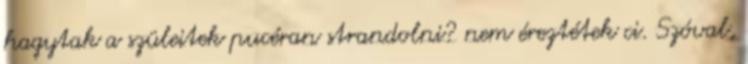
hagytak a szüleitek pucéran strandolni? nem éreztétek ci. Szóval,